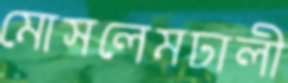
মোসলেমঢালী